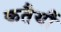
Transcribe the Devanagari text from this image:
कतैयौं